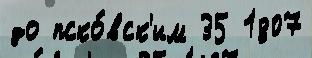
до пско́вск'им 35 1807